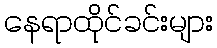
နေရာထိုင်ခင်းများ